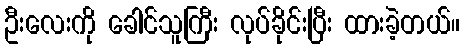
ဦးလေးကို ခေါင်သူကြီး လုပ်ခိုင်းပြီး ထားခဲ့တယ်။